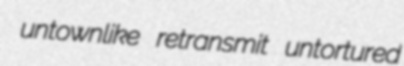
untownlike retransmit untortured